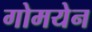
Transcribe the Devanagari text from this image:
गोमयेन